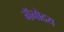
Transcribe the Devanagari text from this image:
नॅनोदय